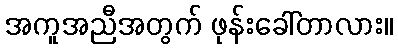
အကူအညီအတွက် ဖုန်းခေါ်တာလား။